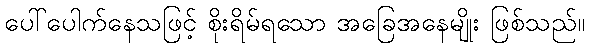
ပေါ်ပေါက်နေသဖြင့် စိုးရိမ်ရသော အခြေအနေမျိုး ဖြစ်သည်။